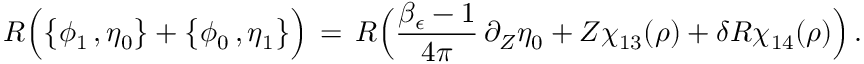
R \Bigl ( \bigl \{ \phi _ { 1 } \, , \eta _ { 0 } \bigr \} + \bigl \{ \phi _ { 0 } \, , \eta _ { 1 } \bigr \} \Bigr ) \, = \, R \Bigl ( \frac { \beta _ { \epsilon } - 1 } { 4 \pi } \, \partial _ { Z } \eta _ { 0 } + Z \chi _ { 1 3 } ( \rho ) + \delta R \chi _ { 1 4 } ( \rho ) \Bigr ) \, .